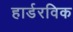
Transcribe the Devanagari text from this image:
हार्डरविक